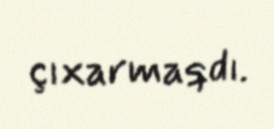
çıxarmaqdı.